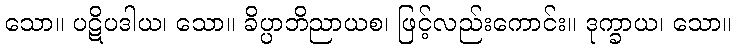
သော။ ပဋိပဒါယ၊ သော။ ခိပ္ပာဘိညာယစ၊ ဖြင့်လည်းကောင်း။ ဒုက္ခာယ၊ သော။